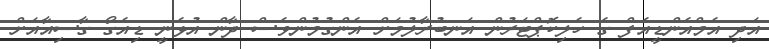
އަދި އެމްއެންޑީއެފް ގެ ހެލިކޮޕްޓަރުން އަނބުރާލުމަށް އެންގުމުންވެސް ދާން އުޅެނީ ޑިއެގޯ ގާސިއާއަށް